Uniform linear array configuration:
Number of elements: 12
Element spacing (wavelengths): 0.25
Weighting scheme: hann
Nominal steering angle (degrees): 15
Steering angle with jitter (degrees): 15.455
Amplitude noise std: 0.05
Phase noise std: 0.05

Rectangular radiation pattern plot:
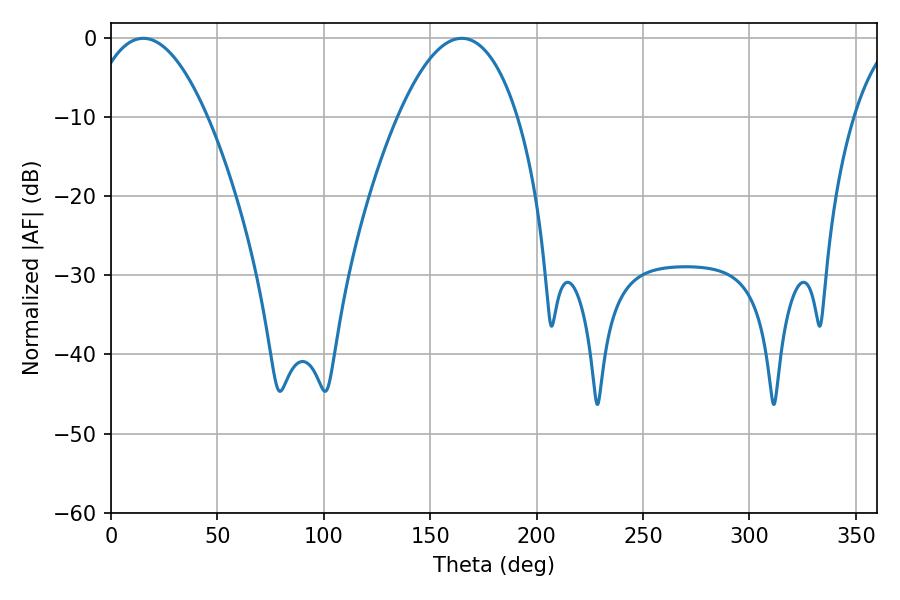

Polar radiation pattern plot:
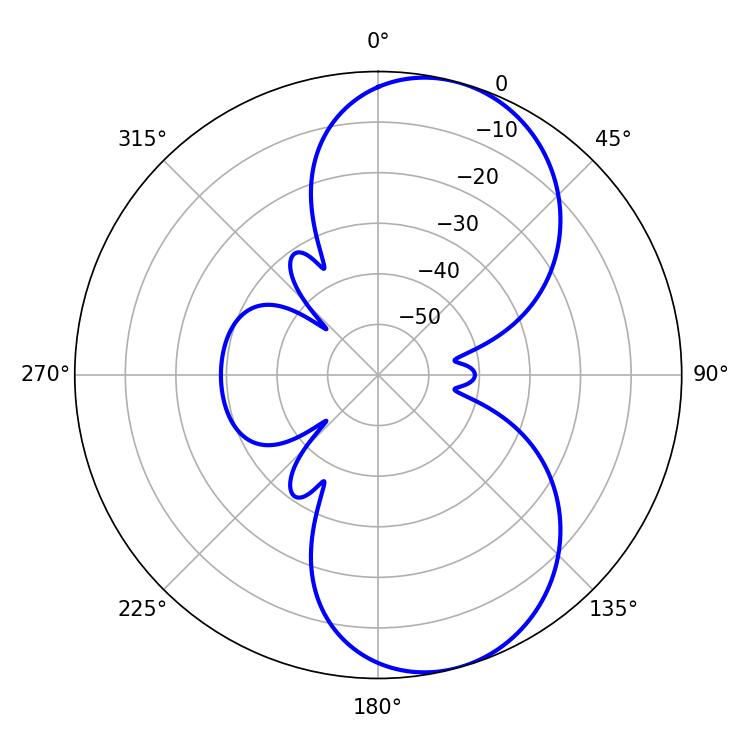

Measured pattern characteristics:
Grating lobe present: FALSE
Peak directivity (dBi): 7.975
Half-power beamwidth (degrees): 31.14
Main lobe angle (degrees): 15.12